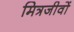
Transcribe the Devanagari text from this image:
मित्रजीवों